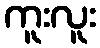
ကူးလူး